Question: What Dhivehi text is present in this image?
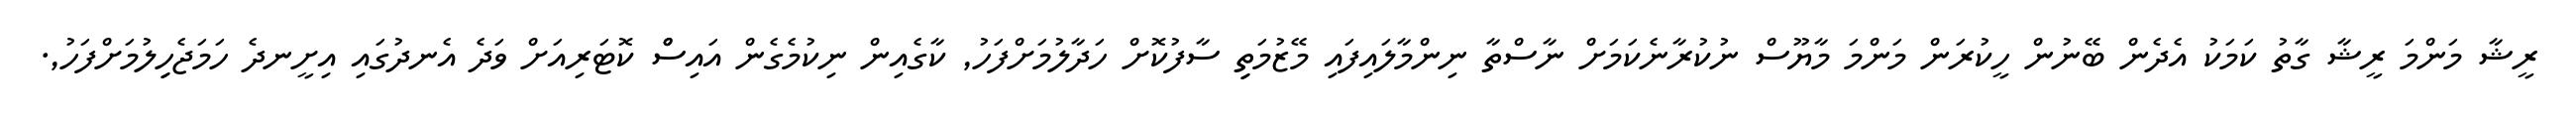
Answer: ރީޝާ މަންމަ ރީޝާ ގާތު ކަމަކު އެދެން ބޭނުން ހީކުރަން މަންމަ މާޔޫސް ނުކުރާނެކަމަށް ނާސްތާ ނިންމާލައިފައި މޭޒުމަތިި ސާފުކޮށް ހަދާލުމަށްފަހު, ކާގެއިން ނިކުމެގެން އައިސްް ކޮޓަރިއަށް ވަދެ އެނދުގައި އިށީނދެ ހަމަޖެހިިލުމަށްފަހު,.